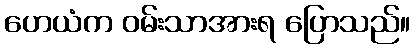
ဟေယံက ဝမ်းသာအားရ ပြောသည်။